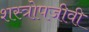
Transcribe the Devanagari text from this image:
शस्त्रोपजीवी